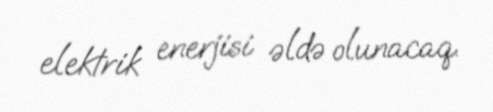
elektrik enerjisi əldə olunacaq.